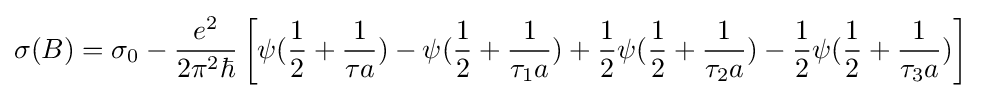
\sigma (B)=\sigma _{0}-{e^{2} \over 2\pi ^{2}\hbar }\left[\psi ({1 \over 2}+{1 \over \tau a})-\psi ({1 \over 2}+{1 \over \tau _{1}a})+{1 \over 2}\psi ({1 \over 2}+{1 \over \tau _{2}a})-{1 \over 2}\psi ({1 \over 2}+{1 \over \tau _{3}a})\right]